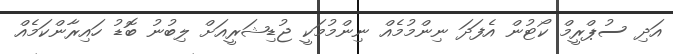
އަދި ސުޕްރީމް ކޯޓުން އެފަދަ ނިންމުމެއް ނިންމުމަކީ ޖުޑިޝަރީއަށް ލިބުނު ބޮޑު ހައިރާންކަމެއް